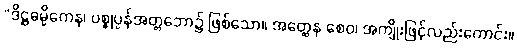
“ဒိဋ္ဌဓမ္မိကေန၊ ပစ္စုပ္ပန်အတ္တဘော၌ ဖြစ်သော။ အတ္ထေန စေဝ၊ အကျိုးဖြင့်လည်းကောင်း။